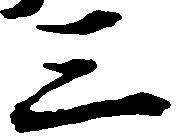
三